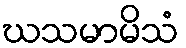
ဃသမာမိသံ